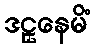
ဒဠှနေမိံ